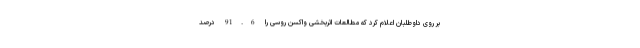
بر روی داوطلبان اعلام کرد که مطالعات اثربخشی واکسن روسی را 91.6 درصد